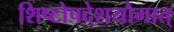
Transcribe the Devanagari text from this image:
शिष्टोपदेशयोगात्